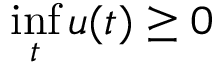
\operatorname* { i n f } _ { t } u ( t ) \geq 0